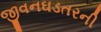
જીવનઘડતરની